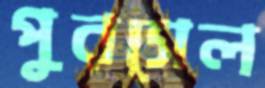
পুরসেল